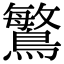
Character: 𪄴